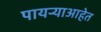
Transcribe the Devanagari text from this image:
पायऱ्याआहेत